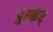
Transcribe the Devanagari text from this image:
पुर्स्कर्